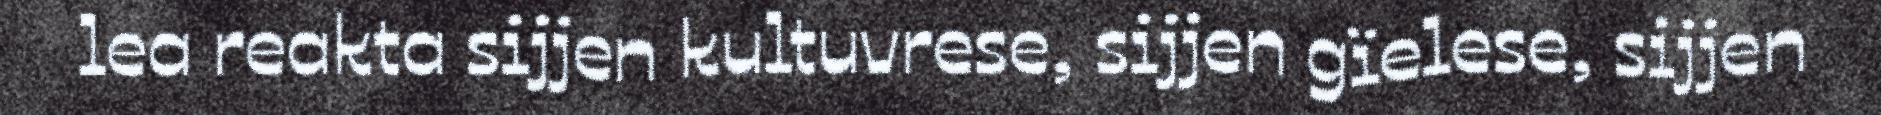
lea reakta sijjen kultuvrese, sijjen gïelese, sijjen